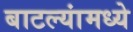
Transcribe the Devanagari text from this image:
बाटल्यांमध्ये